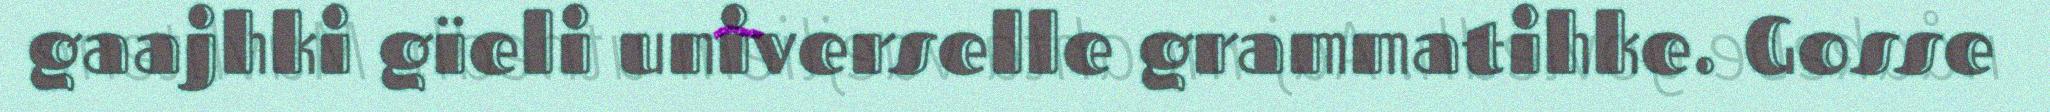
gaajhki gïeli universelle grammatihke. Gosse